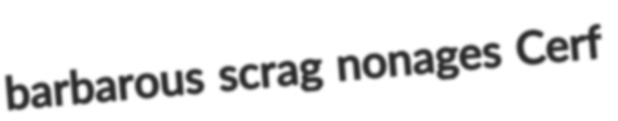
barbarous scrag nonages Cerf